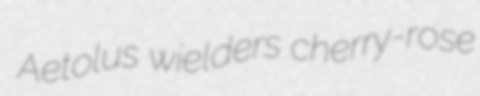
Aetolus wielders cherry-rose